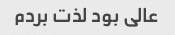
عالی بود لذت بردم